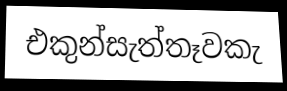
එකුන්සැත්තෑවකැ